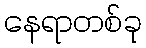
နေရာတစ်ခု